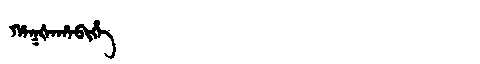
Manchu: ᡥᠠᡴᡧᠠᡥᠠᠪᡳᡥᡝ
Romanization: HAKŠAHABIHE